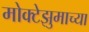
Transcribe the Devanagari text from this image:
मोक्टेझुमाच्या